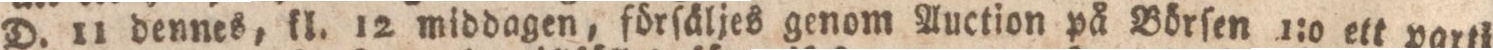
D. 11 dennes kl. 12 middagen, förſäljes genom Auction på Börſen 1:o ett parti